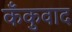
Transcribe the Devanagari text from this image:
कँकुवाद